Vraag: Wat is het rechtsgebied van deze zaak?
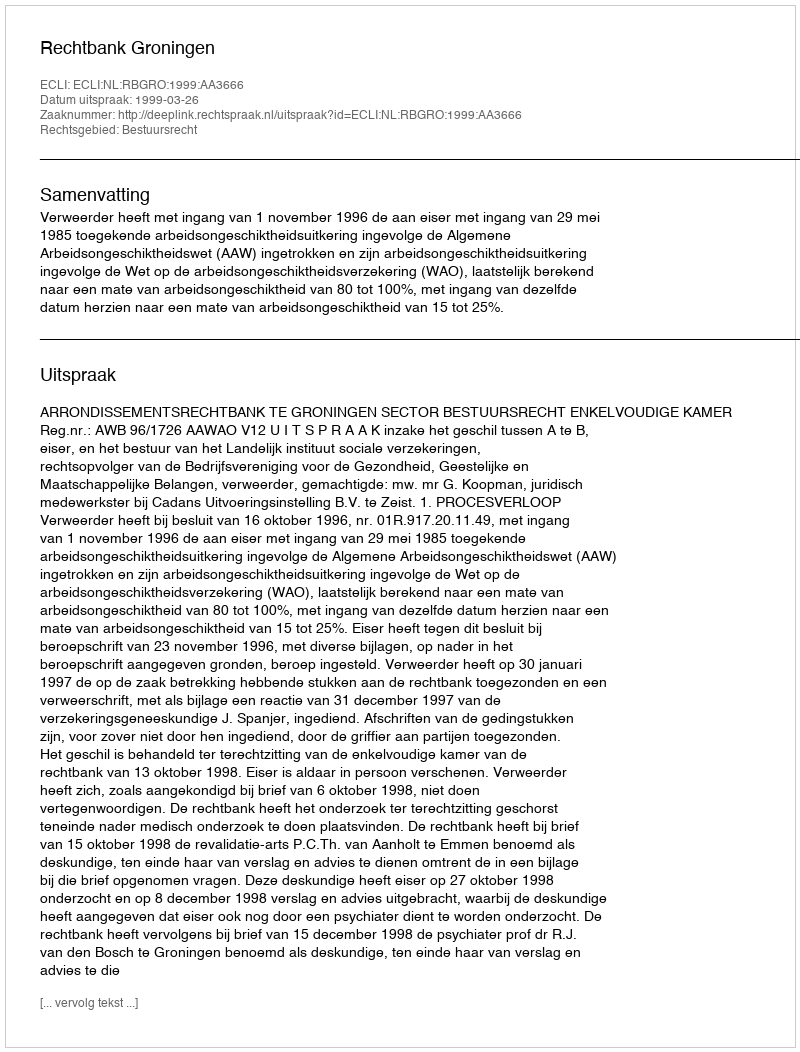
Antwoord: Bestuursrecht